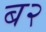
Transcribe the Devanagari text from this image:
ब२